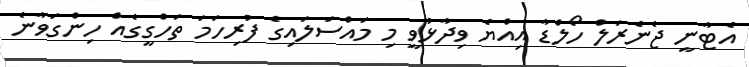
އެޓާނީ ޖެނެރަލް ހޯލްޑާ އިއްޔެ ވިދާޅުވީ މި މައްސަލައިގެ ފުރިހަމަ ތަހްގީގެއް ހިންގަވާނެ